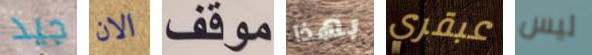
جيد الان موقف بهذا عبقري ليس